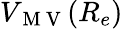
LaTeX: V_{\mathrm{~M~V~}}(R_{e})